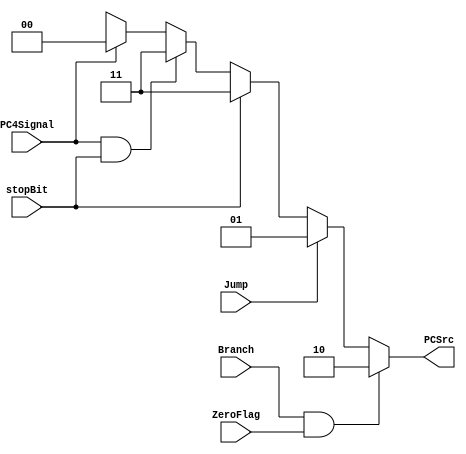
`timescale 1 ps / 100 fs


module PC_Control(PCSrc,PC4Signal, Jump, stopBit, Branch, ZeroFlag);
    output [1:0] PCSrc;
    input Jump, Branch, ZeroFlag, stopBit, PC4Signal;

    reg [1:0] PCSrc;

    always @*
    begin
        if (Branch && ZeroFlag)
            PCSrc = 2'b10; // Branch and ZeroFlag == 1
        else if (Jump)
            PCSrc = 2'b01; // Jump == 1
        else if (stopBit)
            PCSrc = 2'b11; // JAL == 1
        else if (PC4Signal && stopBit)
            PCSrc = 2'b11; // PC4 == 1
        else if (PC4Signal)
            PCSrc = 2'b00; // PC4 == 1
        else
            PCSrc = 2'bxx; // Default case (All other cases)
    end
endmodule